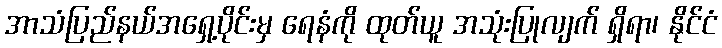
အာသံပြည်နယ်အရှေ့ပိုင်းမှ ရေနံကို ထုတ်ယူ အသုံးပြုလျက် ရှိရာ၊ နိုင်ငံ